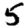
Digit: 5